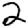
Digit: 2